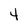
Character: 4